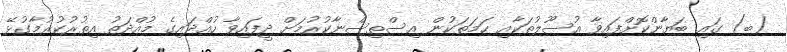
(ބ) ގައި ބަޔާންކޮށްފައިވާ އުސޫލުތަކާއި ހަމަތަކުން އިސްތިސްނާކުރުމަށް ދީފައިވާ ހުއްދައިގެ މުއްދަތު އިތުރުކުރުމާގުޅޭ